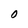
Character: O